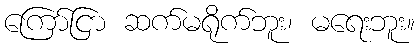
ကြော်ငြာ ဆက်မရိုက်ဘူး၊ မရေးဘူး။